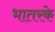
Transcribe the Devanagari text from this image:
भातरके